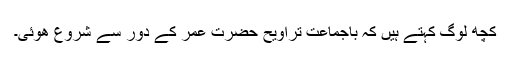
کچھ لوگ کہتے ہیں کہ باجماعت تراویح حضرت عمر کے دور سے شروع ھوئی۔